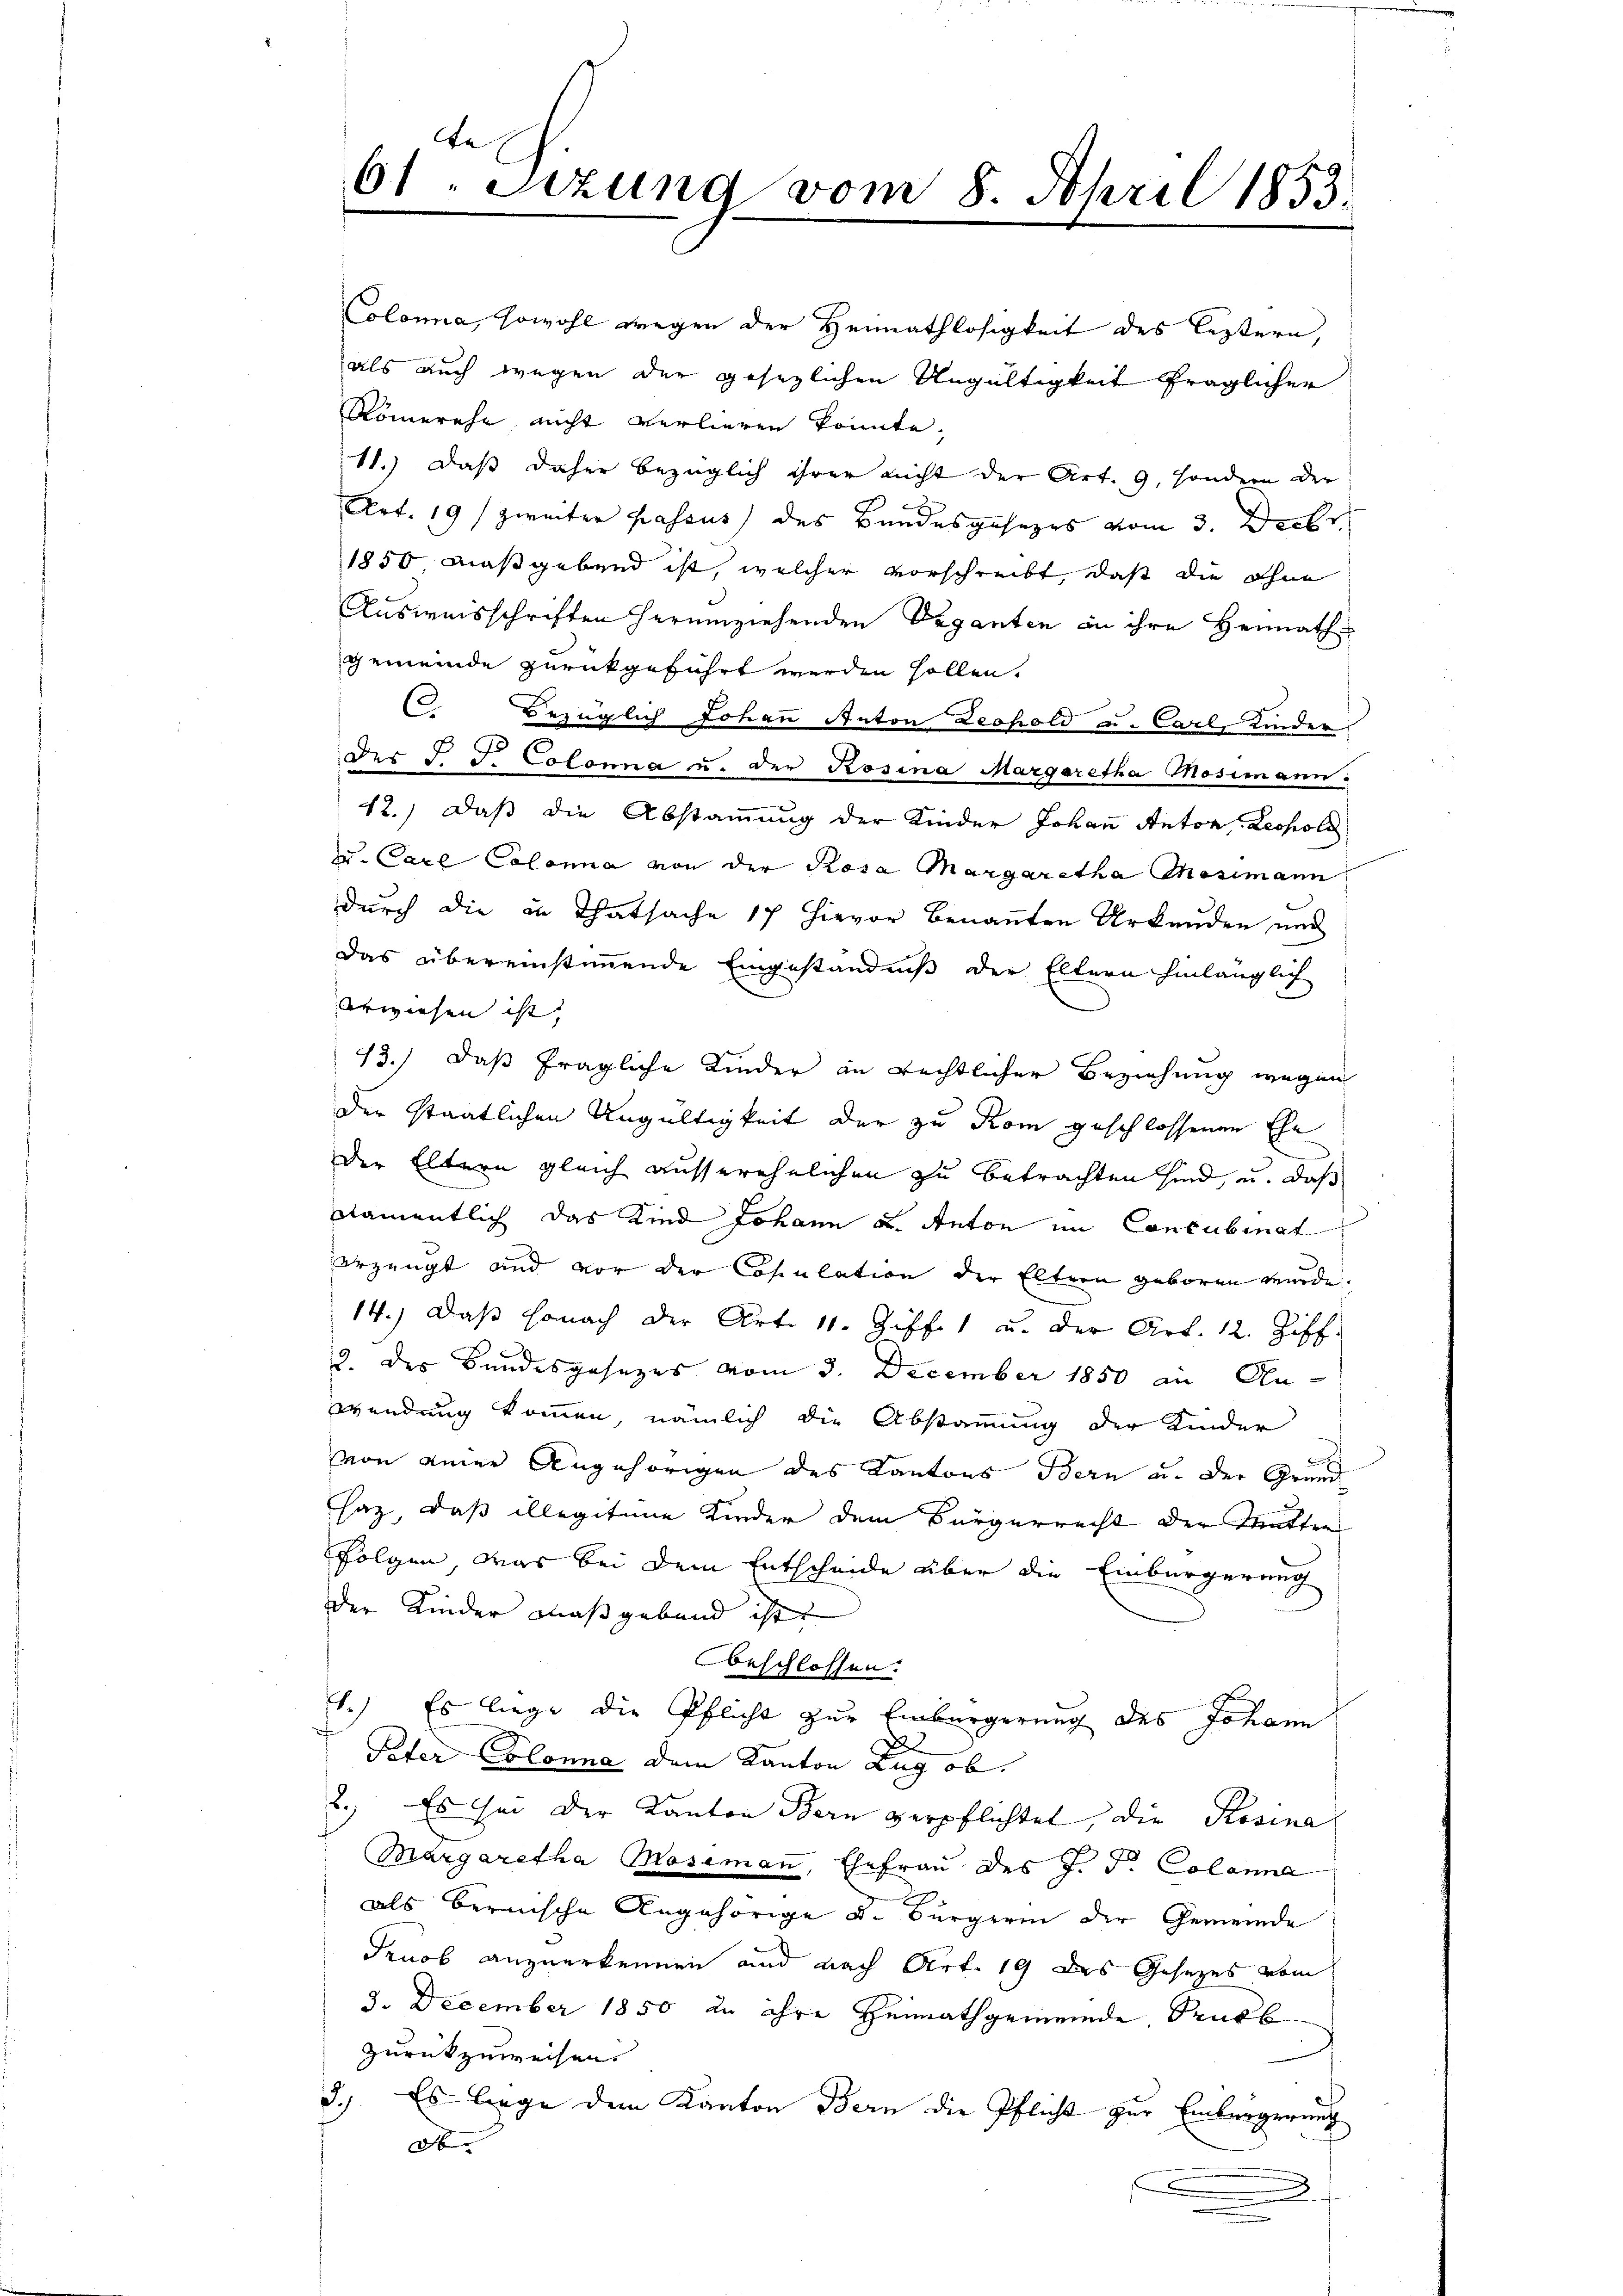
Da
61. Sizung vom 8. April 1853.

Colonia, sowohl wegen der Heimathlosigkeit des leztern,
als auch wegen der gesezlichen Ungültigkeit fraglicher
Römerehe nicht verlieren könnte.
11.) Daß daher bezüglich ihrer nicht der Art. 9, sondern der
Art. 19 / zweiter passus des Bundesgesezes vom 3. Decbr
1850, maßgebend ist, welcher vorschreibt, daß die ohne
Ausweisschriften herumziehenden Vaganten an ihre Heimath
gemeinde zurückgeführt werden sollen.
( Bezüglich Johan Anton Leopold u. Carl, Kinder
Der J. J. Colonna u. der Rosina Margaretha Mosimann.
12.) Daß die Abstammung der Kinder Johann Anton, Leopold
u. Carl Colona von der Rosa Margaretha Mosimann
durch die in Thatsache 17 Hievor benannten Urkunden und
Das übereinstimmende Eingeständniß der Eltern hinlänglich
rwiesen ist,
13.) Daß fragliche Kinder in rechtlicher Beziehung wegen
der staatlichen Ungültigkeit der zu Rom geschlossenen Ehe
Der Eltern gleich ausserehelichen zu betrachten sind, u. daß
namentlich das Kind Johann u. Anton im Concubinat
rzeugt und vor der Copulation der Eltern geboren wurde.
14.) Daβ sonach der Art. 11. Ziff. 1 u. der Art. 12. Ziff.
2. des Bundesgesetzes vom 3. December 1850 in An-
wendung kommen, nämlich die Abstammung der Kinder
von einer Angehörigen des Kantons Bern an der Grund
Haz das illegitime Kinder dem Bürgerrecht der Mutter
Folgen, was bei dem Entscheide über die Einbürgerung
der Kinder maßgebend ist
beschlossen.
1.) Es liege die Pflicht zur Einbürgerung des Johann
2
Peter Colonna dem Kanton Zug ob.
2.) Es ihm der Kanton Bern verpflichtet, die Rosina
Margaretha Mosimaṅ, Ehefrau des J. J. Colanna
als Bernische Angehörige u. Bürgerin der Gemeinde
Pruob anzuerkennen und nach Art. 19 des Gesetzes vom
3. December 1850 zu ihre Heimathgemeinde Publ
zurückzuweisen.
3.) Es liege dem Kanton Bern die Pflicht zur Einbürgerung
O
.